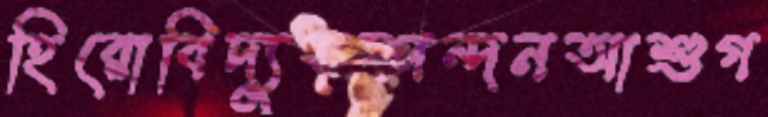
হিরোবিদ্যুতস্পন্দনআশুগ